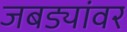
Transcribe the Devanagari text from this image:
जबड्यांवर